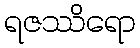
ရဇဿိရော